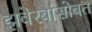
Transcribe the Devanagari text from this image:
झवेरबांसोबत